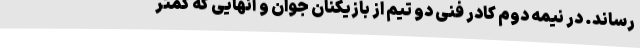
رساند. در نیمه دوم کادر فنی دو تیم از بازیکنان جوان و آنهایی که کمتر